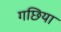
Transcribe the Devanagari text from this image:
गछिया